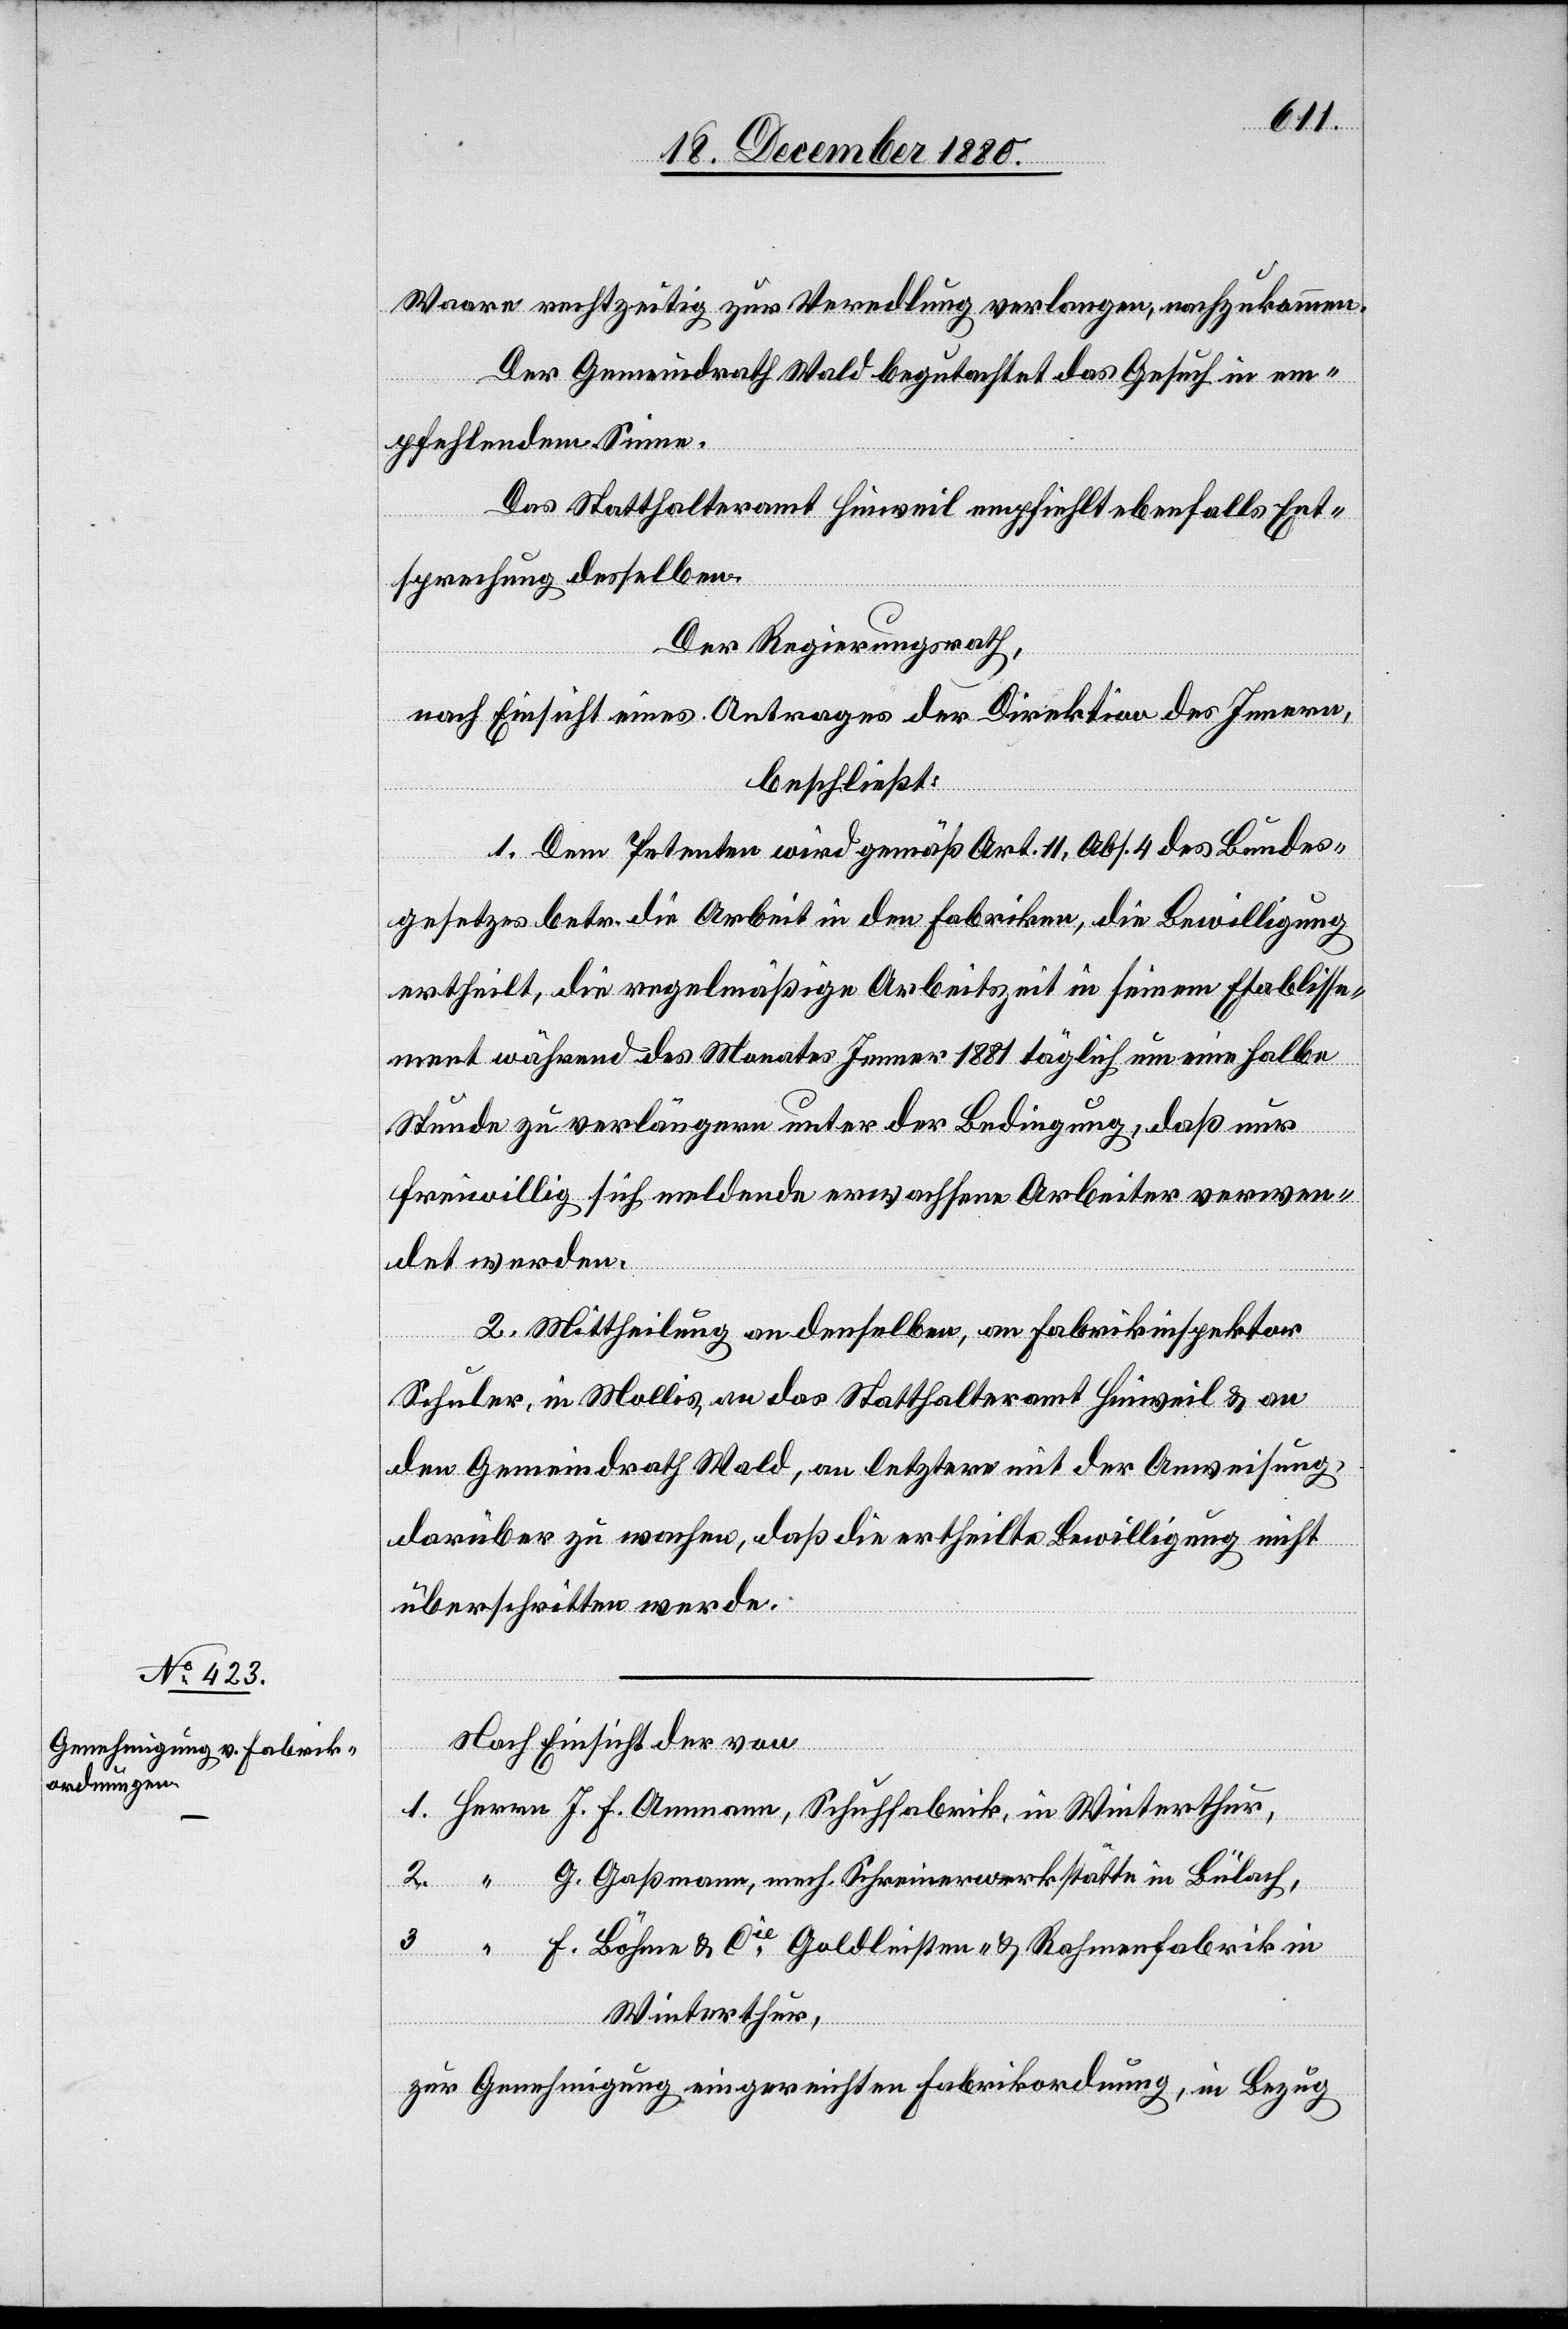
Waare rechtzeitig zur Veredlung verlangen, nachzukommen.
Der Gemeindrath Wald begutachtet das Gesuch in em¬
pfehlendem Sinne.
Das Statthalteramt Hinweil empfiehlt ebenfalls Ent¬
sprechung desselben.
Der Regierungsrath,
nach Einsicht eines Antrages der Direktion des Innern,
Herrn
beschließt:
1. Dem Petenten wird gemäß Art. 11, Abs. 4 des Bundes¬
gesetzes betr. die Arbeit in den Fabriken, die Bewilligung
ertheilt, die regelmäßige Arbeitszeit in seinem Etablisse¬
ment während des Monates Jenner 1881 täglich um eine halbe
Stunde zu verlängern unter der Bedingung, daß nur
freiwillig sich meldende erwachsene Arbeiter verwen¬
det werden.
2. Mittheilung an denselben, an Fabrikinspektor
in
Schuler, in Mollis, an das Statthalteramt Hinweil & an
den Gemeindrath Wald, an letztern mit der Anweisung
darüber zu wachen, daß die ertheilte Bewilligung nicht
überschritten werde.
Nach Einsicht der von
1.
3.
2.
G. Gaßmann, mech. Schreinerwerkstätte in Bülach,
F. Böhm & Cie Goldleisten- & Rahmenfabrik in
Winterthur,
zur Genehmigung eingereichten Fabrikordnungen, in Bezug